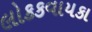
લોકકવાયકા